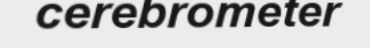
cerebrometer